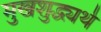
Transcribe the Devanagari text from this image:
मुखशुद्ध्यर्थ